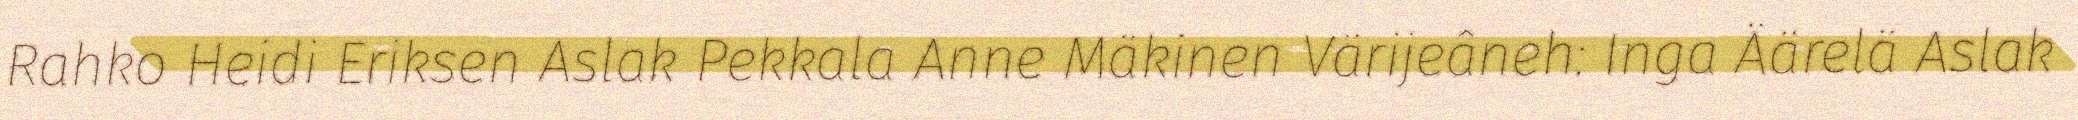
Rahko Heidi Eriksen Aslak Pekkala Anne Mäkinen Värijeâneh: Inga Äärelä Aslak